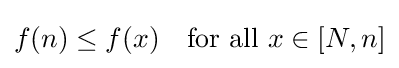
f(n)\leq f(x)\quad {\text{for all }}x\in [N,n]